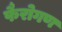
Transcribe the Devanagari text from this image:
फैरोगण